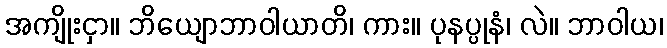
အကျိုးငှာ။ ဘိယျောဘာဝါယာတိ၊ ကား။ ပုနပ္ပုနံ၊ လဲ။ ဘာဝါယ၊